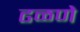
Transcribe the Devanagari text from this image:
ढळणे